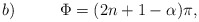
\begin{align*}b) \,\,\,\,\,\,\,\,\,\,\,\,\,\,\,\, \Phi =(2n+1-\alpha)\pi,\end{align*}